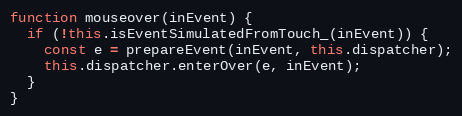
Language: JavaScript
function mouseover(inEvent) {
  if (!this.isEventSimulatedFromTouch_(inEvent)) {
    const e = prepareEvent(inEvent, this.dispatcher);
    this.dispatcher.enterOver(e, inEvent);
  }
}